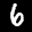
Label: 6